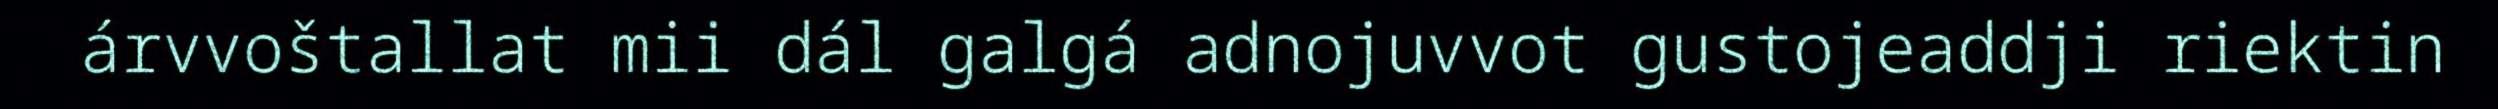
árvvoštallat mii dál galgá adnojuvvot gustojeaddji riektin